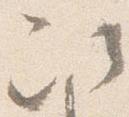
次